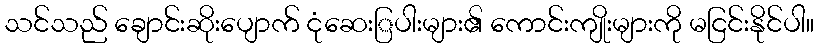
သင်သည် ချောင်းဆိုးပျောက် ငုံဆေးြပါးများ၏ ကောင်းကျိုးများကို မငြင်းနိုင်ပါ။